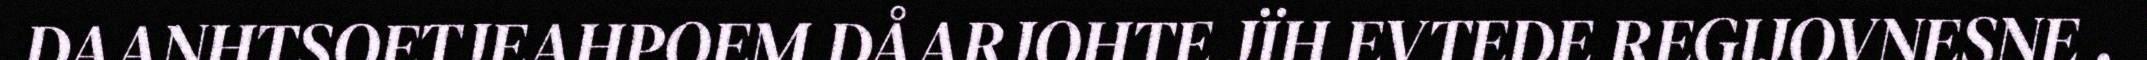
DAANHTSOETJEAHPOEM DÅARJOHTE JÏH EVTEDE REGIJOVNESNE .